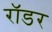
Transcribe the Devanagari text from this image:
रॉडर